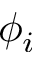
\phi _ { i }